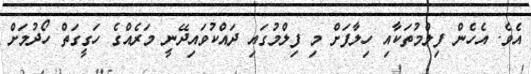
އެވެ. އެހެން ފިލްމުތަކާއި ހިލާފަށް މި ފިލްމުގައި ދައްކުވައިދޭނީ މަރެއްގެ ހަގީގަތް ހޯދުމަށް